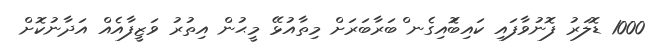
1000 ޑޮލަރު ފޮނުވާފައި ކައިބޮައިގެނ ްބަރާބަރަށް މިތާއުޅޭ މީޙުން އިތުރު ވަޒީފާއެއް އަދާނުކޮށް